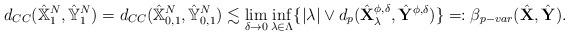
LaTeX: \begin{align*}d_{CC}(\hat{\mathbb{X}}^N_{1},\hat{\mathbb{Y}}^N_{1})=d_{CC}(\hat{\mathbb{X}}^N_{0,1},\hat{\mathbb{Y}}^N_{0,1})\lesssim \lim_{\delta\to 0}\inf_{\lambda\in \Lambda}\{|\lambda|\vee d_p(\hat{\mathbf{X}}^{\phi,\delta}_\lambda,\hat{\mathbf{Y}}^{\phi,\delta})\}=:\beta_{p-var}(\hat{\mathbf{X}},\hat{\mathbf{Y}}).\end{align*}